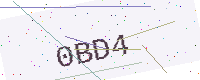
Text: 0BD4